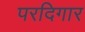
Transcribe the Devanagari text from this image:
परदिगार